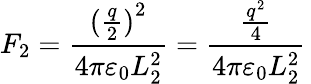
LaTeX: F_{2}={\frac{{({\frac{q}{2}})}^{2}}{4\pi\varepsilon_{0}L_{2}^{2}}}={\frac{\frac{q^{2}}{4}}{4\pi\varepsilon_{0}L_{2}^{2}}}\,